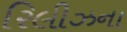
રિલીઝના